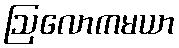
ဩလောကမယာ